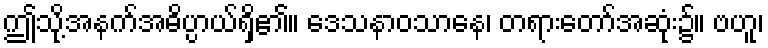
ဤသို့အနက်အဓိပ္ပာယ်ရှိ၏။ ဒေသနာဝသာနေ၊ တရားတော်အဆုံး၌။ ဗဟူ၊